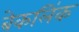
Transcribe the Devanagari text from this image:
बेकलिंक